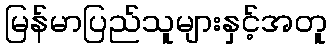
မြန်မာပြည်သူများနှင့်အတူ